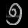
Digit: ၅